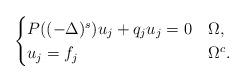
LaTeX: \begin{align*} \begin{cases} P( (-\Delta)^s) u_j + q_ju_j =0 &\Omega, \\ u_j=f_j &\Omega^c. \end{cases} \end{align*}